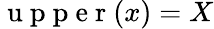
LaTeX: \mathrm{~u~p~p~e~r~}(x)=X